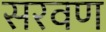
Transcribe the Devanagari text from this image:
सरवण